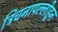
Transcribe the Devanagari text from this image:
त्रिचनापल्लीहून